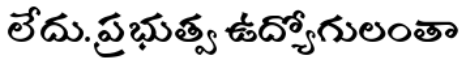
లేదు. ప్రభుత్వ ఉద్యోగులంతా